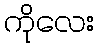
ကိုလေး